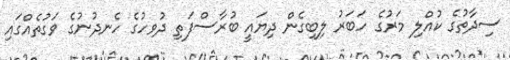
ސިދާތުގެ ކުއްލި މަރުގެ ހަބަރު ލިބިގެން ދިޔައީ ބުރާސްފަތި ދުވހުގެ ހެނދުނުގެ ވަގުތެއްގައި